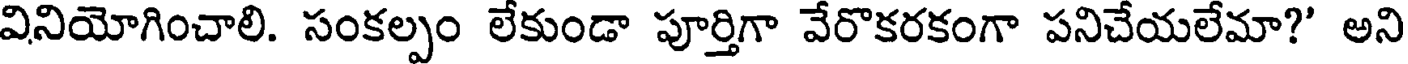
వినియోగించాలి. సంకల్పం లేకుండా పూర్తిగా వేరొకరకంగా పనిచేయలేమా?' అని